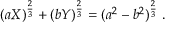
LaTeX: ( a X ) ^ { \frac { 2 } { 3 } } + ( b Y ) ^ { \frac { 2 } { 3 } } = ( a ^ { 2 } - b ^ { 2 } ) ^ { \frac { 2 } { 3 } } \ .